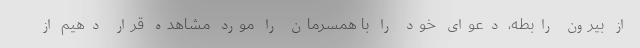
از بیرون رابطه، دعوای خود را با همسرمان را مورد مشاهده قرار دهیم از